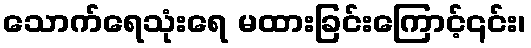
သောက်ရေသုံးရေ မထားခြင်းကြောင့်၎င်း၊